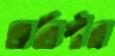
অতিশীঘ্র